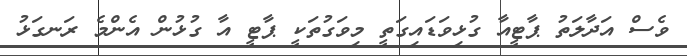
ވެސް އަދާލަތު ޕާޓީއާ ގުޅިވަޑައިގަތީ މިވަގުތަކީ ޕާޓީ އާ ގުޅުން އެންމެ ރަނގަޅު